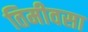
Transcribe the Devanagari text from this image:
तिमीवसा